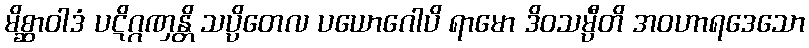
မိစ္ဆာဝါဒံ ပဋိဂ္ဂဏှန္တိ သပ္ပိတေလ ပယောဂေါပိ ရာမော ဒိဝသမ္ပီတိ အဝဟာရဒေသော